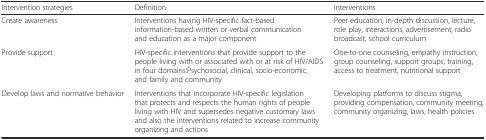
| Intervention strategies | Definition | Interventions |
 | --- | --- | --- |
 | Create awareness | Interventions having HIV-specific fact-based information-based written or verbal communication and education as a major component | Peer education, in-depth discussion, lecture, role play, interactions, advertisement, radio broadcast, school curriculum |
 | Provide support | HIV-specific interventions that provide support to the people living with or associated with or at risk of HIV/AIDS in four domains:Psychosocial, clinical, socio-economic, and family and community | One-to-one counseling, empathy instruction, group counseling, support groups, training, access to treatment, nutritional support |
 | Develop laws and normative behavior | Interventions that incorporate HIV-specific legislation that protects and respects the human rights of people living with HIV and supersedes negative customary laws and also the interventions related to increase community organizing and actions | Developing platforms to discuss stigma, providing compensation, community meeting, community organizing, laws, health policies |